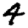
Digit: 4